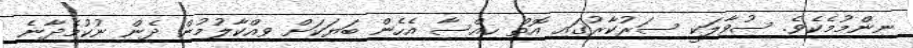
ނިންމުމެކެވެ. ސުވާލަކީ ސަރުކާރުގައި އޮތް ހިއްސާ އެހެން ބަޔަކަށް ވިއްކާލުމުން ދެން ނުކުމެދާނެ